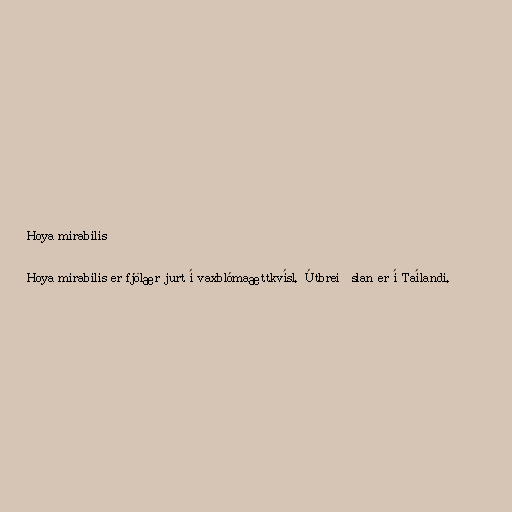
Hoya mirabilis

Hoya mirabilis er fjölær jurt í vaxblómaættkvísl. Útbreiðslan er í Taílandi.